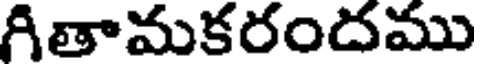
గితామకరందము